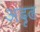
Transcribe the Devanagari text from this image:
अदृढ